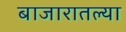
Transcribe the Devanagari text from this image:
बाजारातल्या